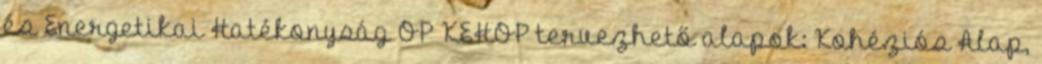
és Energetikai Hatékonyság OP KEHOP tervezhető alapok: Kohéziós Alap,